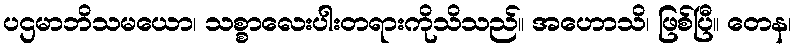
ပဌမာဘိသမယော၊ သစ္စာလေးပါးတရားကိုသိသည်။ အဟောသိ၊ ဖြစ်ပြီ။ တေန၊